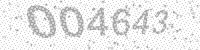
Solution: 004643